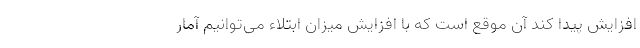
افزایش پیدا کند آن موقع است که با افزایش میزان ابتلاء می‌توانیم آمار